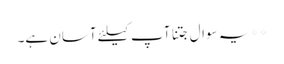
** یہ سوال جتنا آپ کیلئے آسان ہے۔